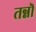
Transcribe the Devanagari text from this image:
तन्नॊ